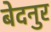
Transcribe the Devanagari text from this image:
बेदनुर